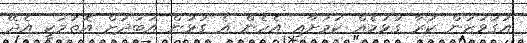
އަގުވަޒަން ކުރާ ގުޅުމެއް ކަމަށާއި އެހެން އެ ގުޅުން އަބަދަށް އޮތުމަކީ އެދޭ